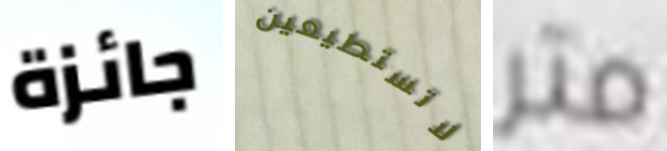
جائزة لاتستطيعين متر